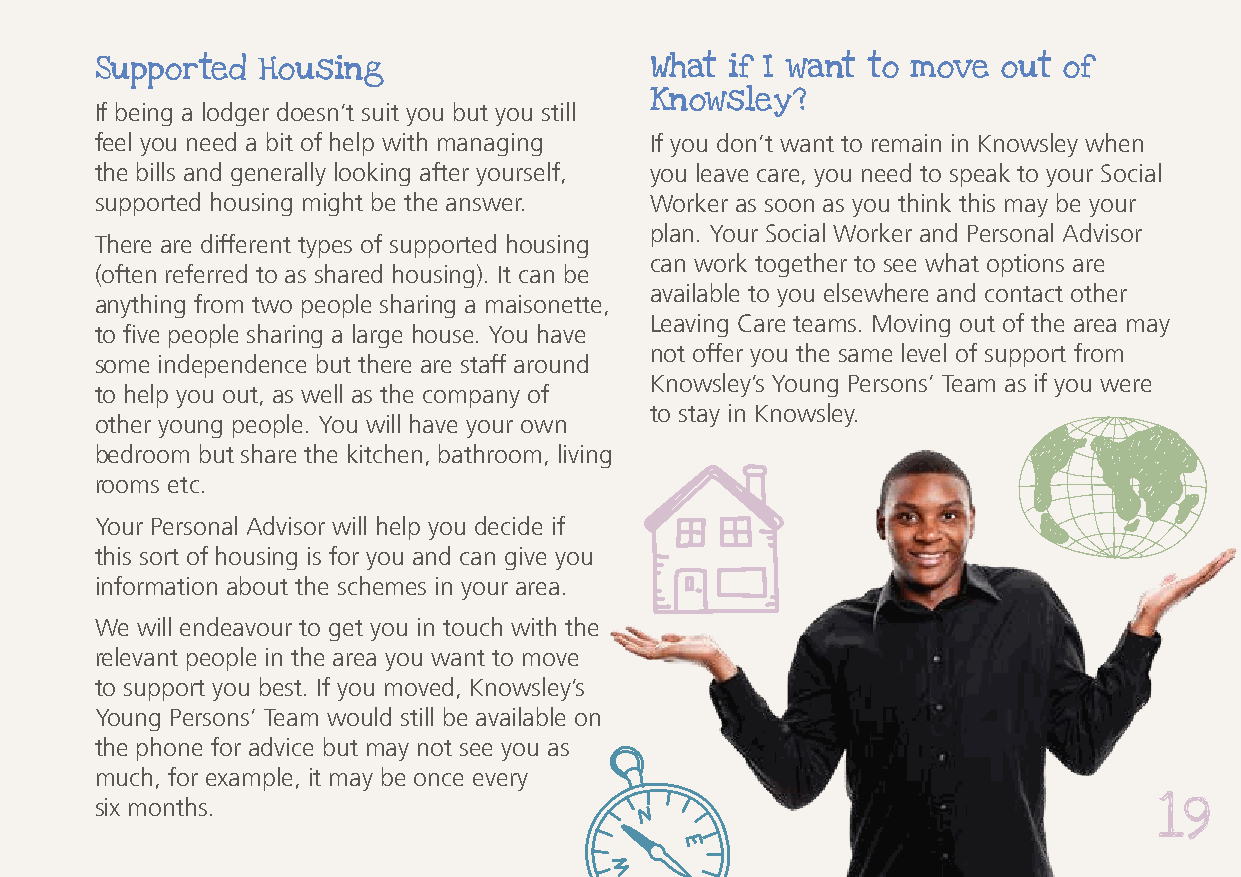
Supported  Housing                   What if I want to move out of
 If being a lodger doesn’t suit you but you still Knowsley?
 feel you need a bit of help with managing If you don’t want to remain in Knowsley when
 the bills and generally looking after yourself, you leave care, you need to speak to your Social
 supported housing might be the answer. Worker as soon as you think this may be your
 plan. Your Social Worker and Personal Advisor
 There are different types of supported housing
 can work together to see what options are
 (often referred to as shared housing). It can be
 available to you elsewhere and contact other
 anything from two people sharing a maisonette,
 Leaving Care teams. Moving out of the area may
 to five people sharing a large house. You have
 not offer you the same level of support from
 some independence but there are staff around
 Knowsley’s Young Persons’ Team as if you were
 to help you out, as well as the company of
 to stay in Knowsley.
 other young people. You will have your own
 bedroom but share the kitchen, bathroom, living
 rooms etc.
 Your Personal Advisor will help you decide if
 this sort of housing is for you and can give you
 information about the schemes in your area.
 We will endeavour to get you in touch with the
 relevant people in the area you want to move
 to support you best. If you moved, Knowsley’s
 Young Persons’ Team would still be available on
 the phone for advice but may not see you as
 much, for example, it may be once every
 six months.
 19